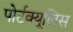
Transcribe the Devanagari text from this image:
पोर्टक्यूलिस